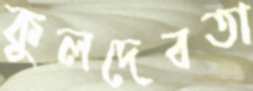
কুলদেবতা